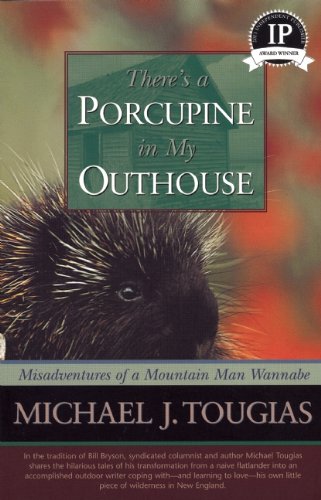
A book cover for There's a Porcupine in My Outhouse; Michael Tougias; Biographies & Memoirs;